[Report on the health of British troops in the Madras command]
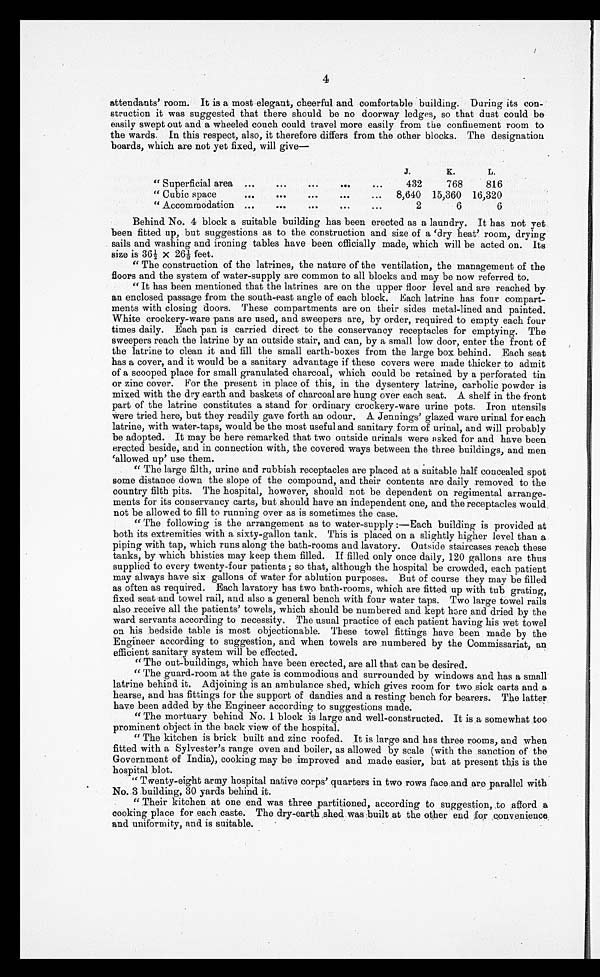
4
attendants' room. It is a most elegant, cheerful and comfortable building. During its con-
- s t r u c t i o n i t w a s s u g g e s t e d t h a t t h e r e s h o u l d b e n o d o o r w a y l e d g e s , s o t h a t d u s t c o u l d b e
easily swept out and a wheeled couch could travel more easily from the confinement room to
the wards. In this respect, also, it therefore differs from the other blocks. The designation
boards, which are not yet fixed, will give—
J.
K.
L.
"Superficial area . . .
432
768
816
"Cubic space . . .
8,640 15,360 16,320
"Accommodation . . .
2
6
6
Behind No. 4 block a suitable building has been erected as a laundry. It has not yet
been fitted up, but suggestions as to the construction and size of a 'dry heat' room, drying
sails and washing and ironing tables have been officially made, which will be acted on. Its
size is 36½X 2 6 ½ f e e t .
"The construction of the latrines, the nature of the ventilation, the management of the
floors and the system of water-supply are common to all blocks and may be now referred to.
"It has been mentioned that the latrines are on the upper floor level and are reached by
an enclosed passage from the south-east angle of each block. Each latrine has four compart
-
ments with closing doors. These compartments are on their sides metal-lined and painted.
White crockery-ware pans are used, and sweepers are, by order, required to empty each four
times daily. Each pan is carried direct to the conservancy receptacles for emptying. The
sweepers reach the latrine by an outside stair, and can, by a small low door, enter the front of
the latrine to clean it and fill the small earth-boxes from the large box behind. Each seat
has a cover, and it would be a sanitary advantage if these covers were made thicker to admit
of a scooped place for small granulated charcoal, which could be retained by a perforated tin
or zinc cover. For the present in place of this, in the dysentery latrine, carbolic powder is
mixed with the dry earth and baskets of charcoal are hung over each seat. A shelf in the front
part of the latrine constitutes a stand for ordinary crockery-ware urine pots. Iron utensils
were tried here, but they readily gave forth an odour. A Jennings' glazed ware urinal for each
latrine, with water-taps, would be the most useful and sanitary form of urinal, and will probably
be adopted. It may be here remarked that two outside urinals were asked for and have been
erected beside, and in connection with, the covered ways between the three buildings, and men
'allowed up' use them.
"The large filth, urine and rubbish receptacles are placed at a suitable half concealed spot
some distance down the slope of the compound, and their contents are daily removed to the
country filth pits. The hospital, however, should not be dependent on regimental arrange
-
ments for its conservancy carts, but should have an independent one, and the receptacles would
not be allowed to fill to running over as is sometimes the case.
"The following is the arrangement as to water-supply:—Each building is provided at
both its extremities with a sixty-gallon tank. This is placed on a slightly higher level than a
piping with tap, which runs along the bath-rooms and lavatory. Outside staircases reach these
tanks, by which bhisties may keep them filled. If filled only once daily, 120 gallons are thus
supplied to every twenty-four patients; so that, although the hospital be crowded, each patient
may always have six gallons of water for ablution purposes. But of course they may be filled
as often as required. Each lavatory has two bath-rooms, which are fitted up with tub grating,
fixed seat and towel rail, and also a general bench with four water taps. Two large towel rails
also receive all the patients' towels, which should be numbered and kept here and dried by the
ward servants according to necessity. The usual practice of each patient having his wet towel
on his bedside table is most objectionable. These towel fittings have been made by the
Engineer according to suggestion, and when towels are numbered by the Commissariat, an
efficient sanitary system will be effected.
"The out-buildings, which have been erected, are all that can be desired.
"The guard-room at the gate is commodious and surrounded by windows and has a small
latrine behind it. Adjoining is an ambulance shed, which gives room for two sick carts and a
hearse, and has fittings for the support of dandies and a resting bench for bearers. The latter
have been added by the Engineer according to suggestions made.
"The mortuary behind No. 1 block is large and well-constructed. It is a somewhat too
prominent object in the back view of the hospital.
"The kitchen is brick built and zinc roofed. It is large and has three rooms, and when
fitted with a Sylvester's range oven and boiler, as allowed by scale (with the sanction of the
Government of India), cooking may be improved and made easier, but at present this is the
hospital blot.
"Twenty-eight army hospital native corps' quarters in two rows face and are parallel with
No. 3 building, 30 yards behind it.
"Their kitchen at one end was three partitioned, according to suggestion, to afford a
cooking place for each caste. The dry-earth shed was built at the other end for ,convenience
and uniformity, and is suitable.